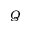
Q